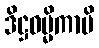
ဒိဋ္ဌဓမ္မိကာပိ